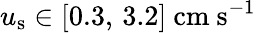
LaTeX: u_{\mathrm{s}}\in[0.3,\, 3.2]~\textrm{cm}~\textrm{s}^{-1}